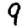
Digit: 9